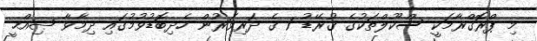
މި ޕްރޮގްރާމަކީ ސްކޫލްތަކުގެ ގުރޭޑު 1 ގެ ދަރިވަރުން ހެދިބޮޑުވުމުގައި ދިމާވާ ޞިއްޙީ